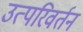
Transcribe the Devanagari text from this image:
उत्परिवर्तन